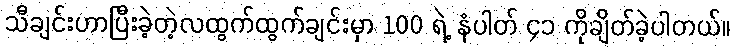
သီချင်းဟာပြီးခဲ့တဲ့လထွက်ထွက်ချင်းမှာ 100 ရဲ့ နံပါတ် ၄၁ ကိုချိတ်ခဲ့ပါတယ်။